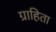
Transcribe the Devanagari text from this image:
ग्राहिता